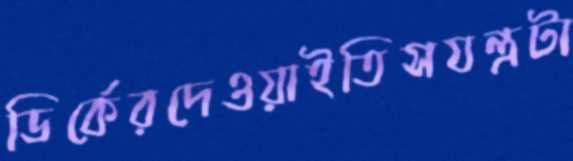
ডির্কেরদেওয়াইতিসযন্ত্রটা